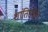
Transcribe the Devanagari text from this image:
शांतिरक्षित